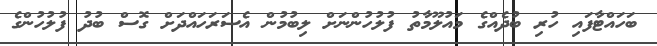
ބަހައްޓާފައި ހުރި ބުދެއްގެ މައުލޫމާތު ފުލުހުންނަށް ލިބުމުން އެސަރަހައްދަށް ގޮސް ބުދު ފުލުހުންގެ